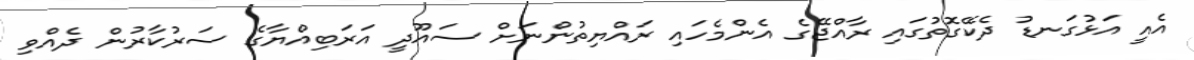
އެއީ އަޅުގަނޑު ދެކޭގޮތުގައި ރާއްޖޭގެ އެންމެހައި ރައްޔިތުންނަށް ސައޫދީ އަރަބިއްޔާގެ ސަރުކާރުން ދެއްވި